Laidoner,_Johan, lk 116
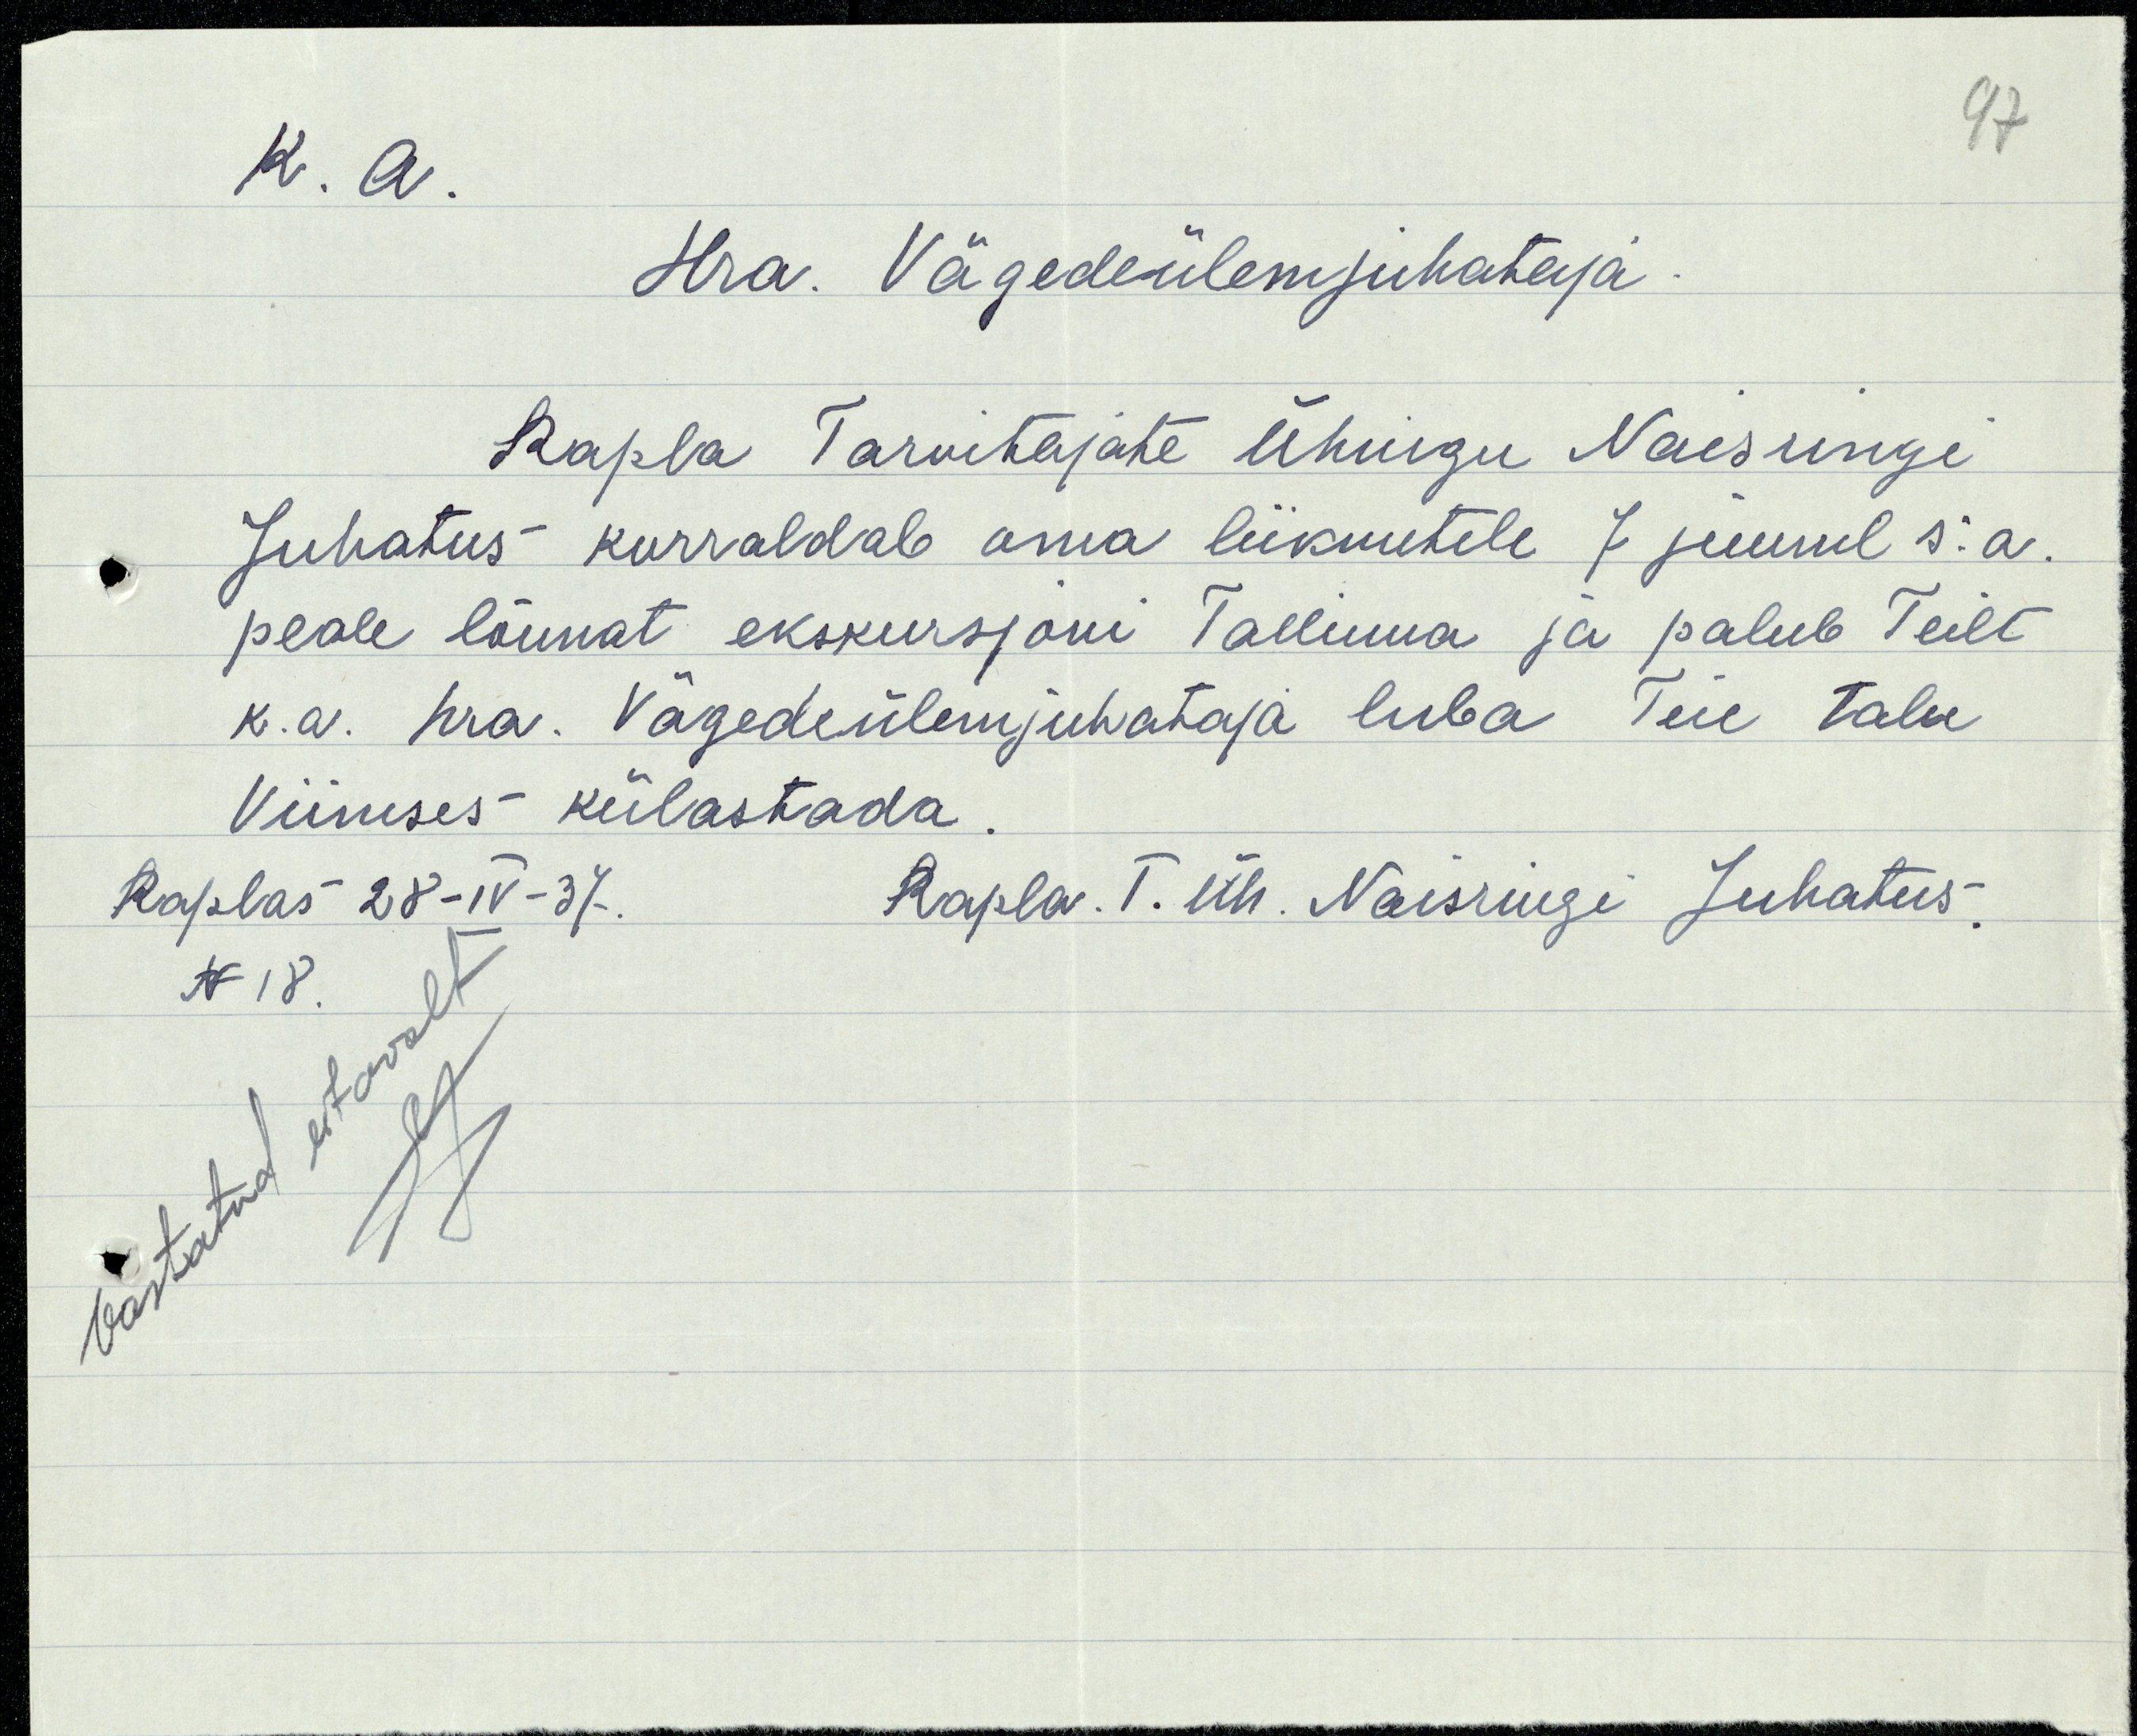
97
K. A.
Hra. Vägedeülemjuhataja
Rapla Tarvitajate Ühingu Naisringi
Juhatus korraldab oma liikmetele 7 juunil s.a.
peale lõunat ekskursjoni Tallinna ja palub Teilt
k.a. hra. Vägedeülemjuhataja luba Teie talu
Viimses külastada
Raplas 28-IV-37.
Rapla. T. Üh. Naisringi Juhatus.
Vastatud eitavalt
N 18